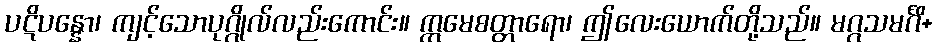
ပဋိပန္နော၊ ကျင့်သောပုဂ္ဂိုလ်လည်းကောင်း။ ဣမေစတ္တာရော၊ ဤလေးယောက်တို့သည်။ မဂ္ဂသမင်္ဂိ+